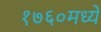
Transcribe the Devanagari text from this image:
१७६०मध्ये